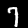
Label: 7